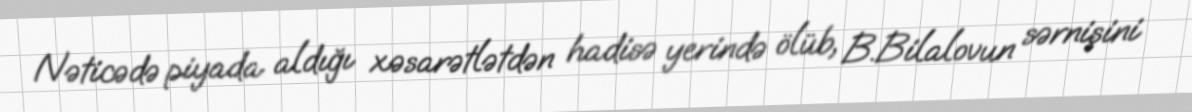
Nəticədə piyada aldığı xəsarətlətdən hadisə yerində ölüb, B.Bilalovun sərnişini